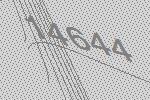
14644